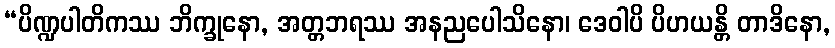
“ပိဏ္ဍပါတိကဿ ဘိက္ခုနော, အတ္တဘရဿ အနညပေါသိနော၊ ဒေဝါပိ ပိဟယန္တိ တာဒိနော,